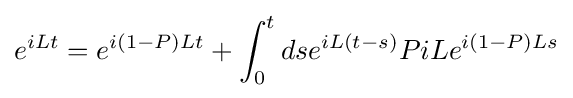
e^{iLt}=e^{i(1-P)Lt}+\int _{0}^{t}dse^{iL(t-s)}PiLe^{i(1-P)Ls}